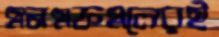
এনএফএলেরই